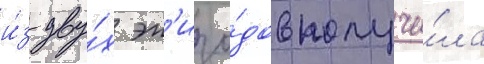
и́з дву́х эп'изо́дов получи́ла